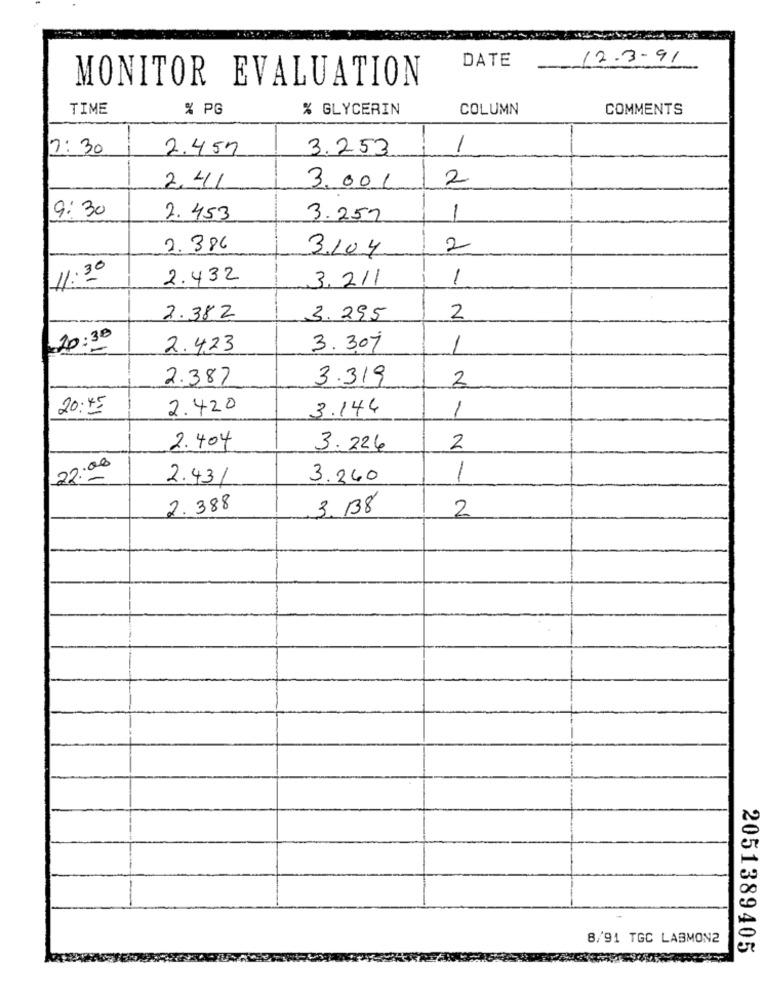
DATE
12-3-91
MONITOR EVALUATION
TIME
% PG
% GLYCERIN
COLUMN
COMMENTS
1: 30
2.457
3.253
1
2,41
2
3. 00 1
9: 30
2. 453
3.252
1
2.386
3.104
2
11:30
2.432
3, 211
1
2.382
3.295
2
20:30
2.423
3.307
1
2.387
3.319
2
20:45
2.420
3.144
1
2.404
3.224
2
22:00
2.431
3.340
1
2.388
3. 38
2
8/91 TGC LABMON2
2051389405